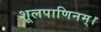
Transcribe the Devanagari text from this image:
शूलपाणिनम्।